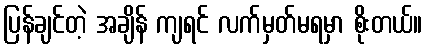
ပြန်ချင်တဲ့ အချိန် ကျရင် လက်မှတ်မရမှာ စိုးတယ်။